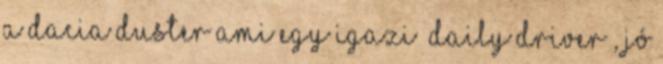
a Dacia Duster ami egy igazi „daily driver”, jó